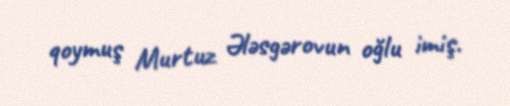
qoymuş Murtuz Ələsgərovun oğlu imiş.